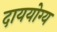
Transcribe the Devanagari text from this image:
दाययोग्य